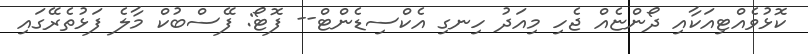
ކޮޅުވެއްޓިއަކާއި ދޯންޏެއް ޖެހި މިއަދު ހިނގި އެކްސިޑެންޓް-- ފޮޓޯ: ފޭސްބުކް މާލެ ފަޅުތެރޭގައި